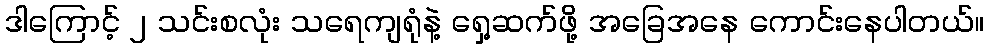
ဒါကြောင့် ၂ သင်းစလုံး သရေကျရုံနဲ့ ရှေ့ဆက်ဖို့ အခြေအနေ ကောင်းနေပါတယ်။